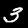
Digit: 3